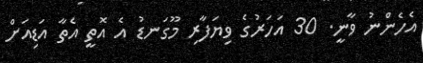
އެހެންނު ވާނީ. 30 އަހަރުގެ ވިޔަފާރި މޫގަނޑު އެ އޮތީ އެތާ އަޑިއަށް